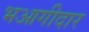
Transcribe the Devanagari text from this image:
भआगीदार